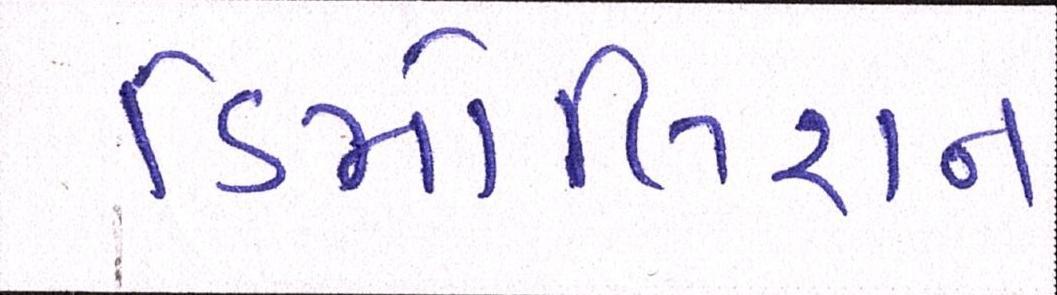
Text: ડિમોલિશન